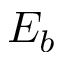
E _ { b }